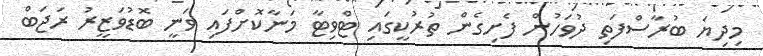
މިދިޔަ ބުރާސްފަތި ދުވަހުން ފެށިގެން ތުރުކީގައި ޓްވިޓާ މަނާކޮށްފައި ވަނީ ބޮޑުވަޒީރު ރަޖަބް